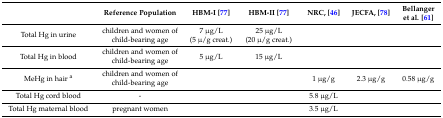
|  | Reference Population | HBM-I [77] | HBM-II [77] | NRC, [46] | JECFA, [78] | Bellanger et al. [61] |
 | --- | --- | --- | --- | --- | --- | --- |
 | Total Hg in urine | children and women of child-bearing age | 7 μg/L (5 μ/g creat.) | 25 μg/L (20 μ/g creat.) |  |  |  |
 | Total Hg in blood | children and women of child-bearing age | 5 μg/L | 15 μg/L |  |  |  |
 | MeHg in hair a | children and women of child-bearing age |  |  | 1 μg/g | 2.3 μg/g | 0.58 μg/g |
 | Total Hg cord blood | - |  |  | 5.8 μg/L |  |  |
 | Total Hg maternal blood | pregnant women |  |  | 3.5 μg/L |  |  |